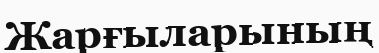
Жарғыларының